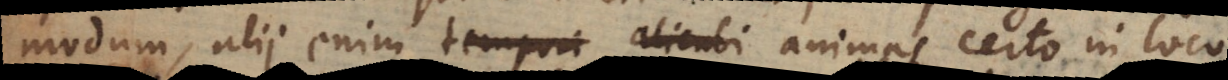
modum, alii enim tempori alicubi animas certo in loco